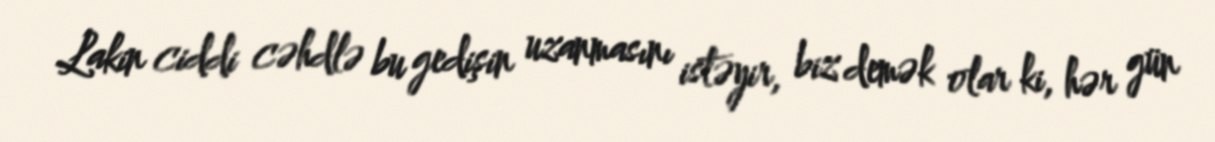
Lakin ciddi cəhdlə bu gedişin uzanmasını istəyir, biz demək olar ki, hər gün